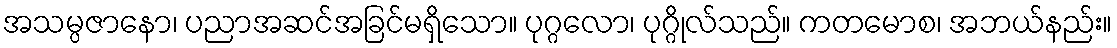
အသမ္ပဇာနော၊ ပညာအဆင်အခြင်မရှိသော။ ပုဂ္ဂလော၊ ပုဂ္ဂိုလ်သည်။ ကတမောစ၊ အဘယ်နည်း။